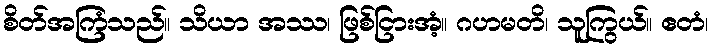
စိတ်အကြံသည်။ သိယာ အဿ၊ ဖြစ်ငြားအံ့။ ဂဟမတိ၊ သူကြွယ်။ ဧတံ၊